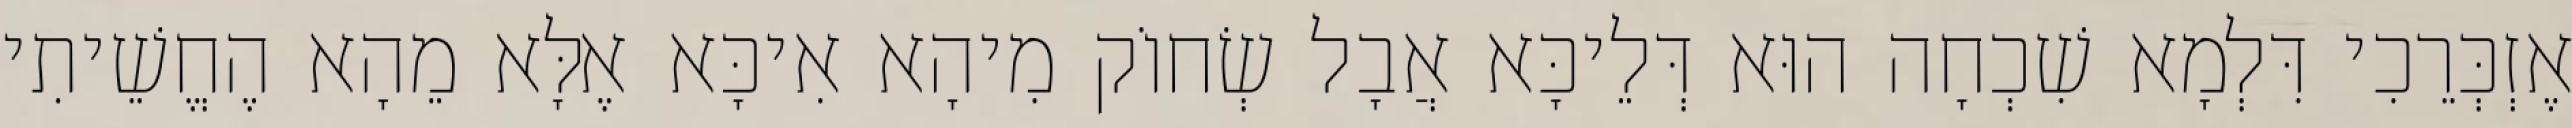
אֶזְכְּרֵכִי דִּלְמָא שִׁכְחָה הוּא דְּלֵיכָּא אֲבָל שְׂחוֹק מִיהָא אִיכָּא אֶלָּא מֵהָא הֶחֱשֵׁיתִי